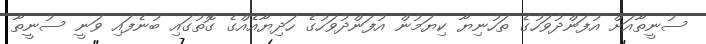
ސުނީތާއަށް އުފަންދުވަހުގެ ތަހުނިޔާ ކިޔަމުން އުފަންދުވަހުގެ ހަދިޔާއެއްގެ ގޮތުގައި ބުނެފައި ވަނީ ސުނީތާ